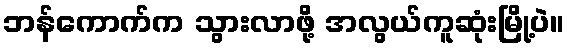
ဘန်ကောက်က သွားလာဖို့ အလွယ်ကူဆုံးမြို့ပဲ။